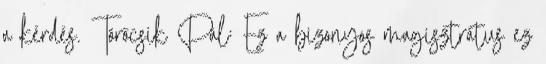
a kérdés. Törőcsik Pál: Ez a bizonyos magisztrátus ez